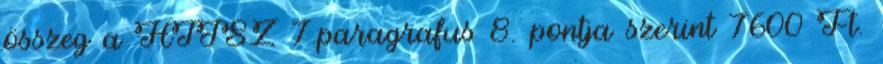
összeg a HTJSZ 7.paragrafus 8. pontja szerint 7600 Ft.